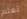
تعلم